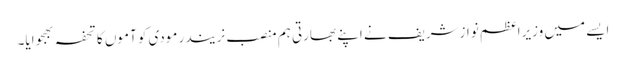
ایسے میں وزیراعظم نوازشریف نے اپنے بھارتی ہم منصب نریندر مودی کو آموں کا تحفہ بھجوایا۔